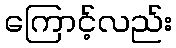
ကြောင့်လည်း